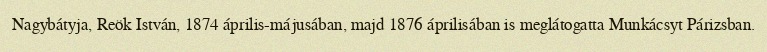
Nagybátyja, Reök István, 1874 április-májusában, majd 1876 áprilisában is meglátogatta Munkácsyt Párizsban.